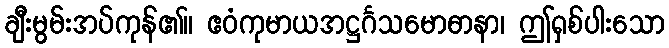
ချီးမွမ်းအပ်ကုန်၏။ ဧဝံကုမာယအဋ္ဌင်္ဂသမောဓာနာ၊ ဤရှစ်ပါးသော